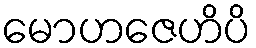
မောဟဇေဟိပိ